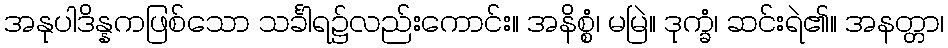
အနုပါဒိန္နကဖြစ်သော သင်္ခါရ၌လည်းကောင်း။ အနိစ္စံ၊ မမြဲ။ ဒုက္ခံ၊ ဆင်းရဲ၏။ အနတ္တာ၊